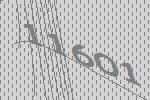
11601